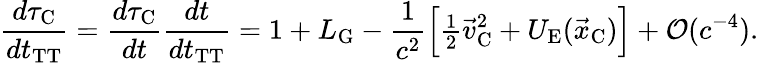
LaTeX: \frac{d\tau_{\mathrm{C}}}{dt_{\mathrm{TT}}}=\frac{d\tau_{\mathrm{C}}}{dt}\frac{dt}{dt_{\mathrm{TT}}}=1+L_{\mathrm{G}}-\frac{1}{c^{2}}\Big[{\textstyle\frac{1}{2}}{\vec{v}}_{\mathrm{C}}^{2}+U_{\mathrm{E}}({\vec{x}}_{\mathrm{C}})\Big]+{\cal O}(c^{-4}).